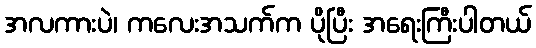
အလကားပဲ၊ ကလေးအသက်က ပိုပြီး အရေးကြီးပါတယ်